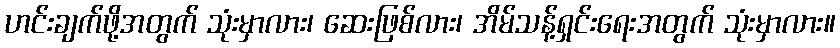
ဟင်းချက်ဖို့အတွက် သုံးမှာလား၊ ဆေးဖြစ်လား၊ အိမ်သန့်ရှင်းရေးအတွက် သုံးမှာလား။